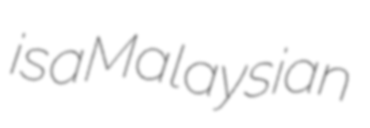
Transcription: is a Malaysian